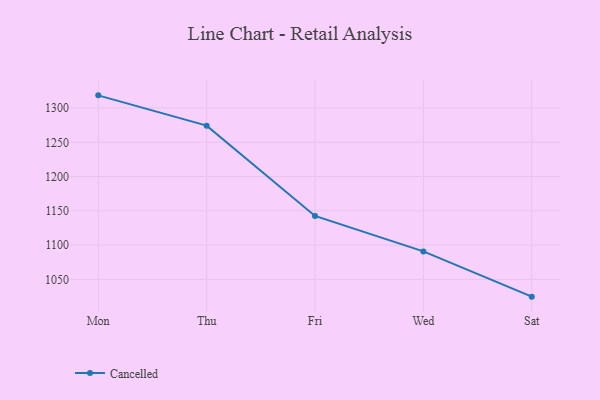
{"axis": {"x": "Day", "y": "Latency (ms)"}, "legend": ["Cancelled"], "data": [{"x": "Mon", "y": 1318.5, "type": "Cancelled"}, {"x": "Thu", "y": 1274.3, "type": "Cancelled"}, {"x": "Fri", "y": 1142.6, "type": "Cancelled"}, {"x": "Wed", "y": 1090.8, "type": "Cancelled"}, {"x": "Sat", "y": 1024.8, "type": "Cancelled"}]}